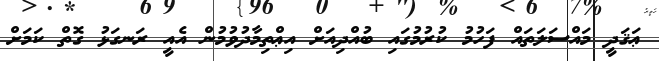
ޢަޤަދީ މައްސަލަތައް ފަހުމު ކުރުމުގައި ބުއްދިއަށް އިޢްތިމާދުވުމުން އެއީ ރަނގަޅު ގޮތް ކަމަށް